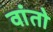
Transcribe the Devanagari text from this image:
वांतो